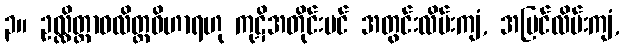
၃။ ဥလ္လိတ္တာဝလိတ္တဝိဟာရဟု ကုဋိအတိုင်းပင် အတွင်းလိမ်းကျံ, အပြင်လိမ်းကျံ,